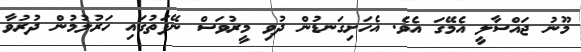
މޫނު ޖައްސާލީ އެމޭގަ އެވެ. އެހަށިގަނޑުން ދުވި މީރުވަސް ނޭފަތުގައި ހަރުލުމުން ދުރުވާ